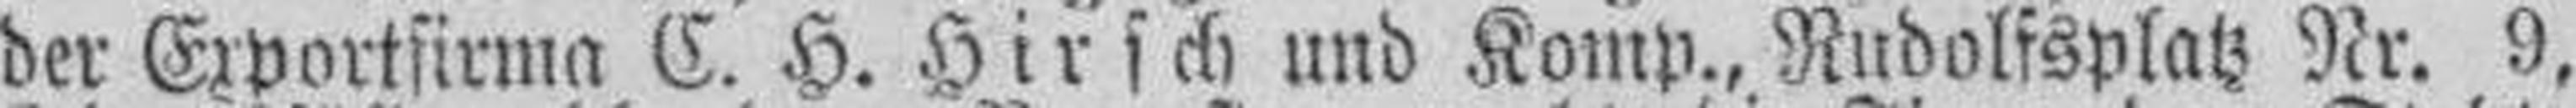
der Exportfirma C. H. Hirsch und Komp., Rudolfsplatz Nr. 9,